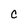
Character: c